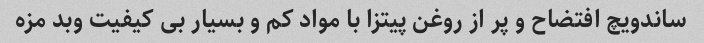
ساندویچ افتضاح و پر از روغن پیتزا با مواد کم و بسیار بی کیفیت وبد مزه